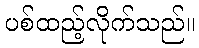
ပစ်ထည့်လိုက်သည်။